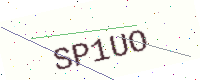
Text: SP1UO